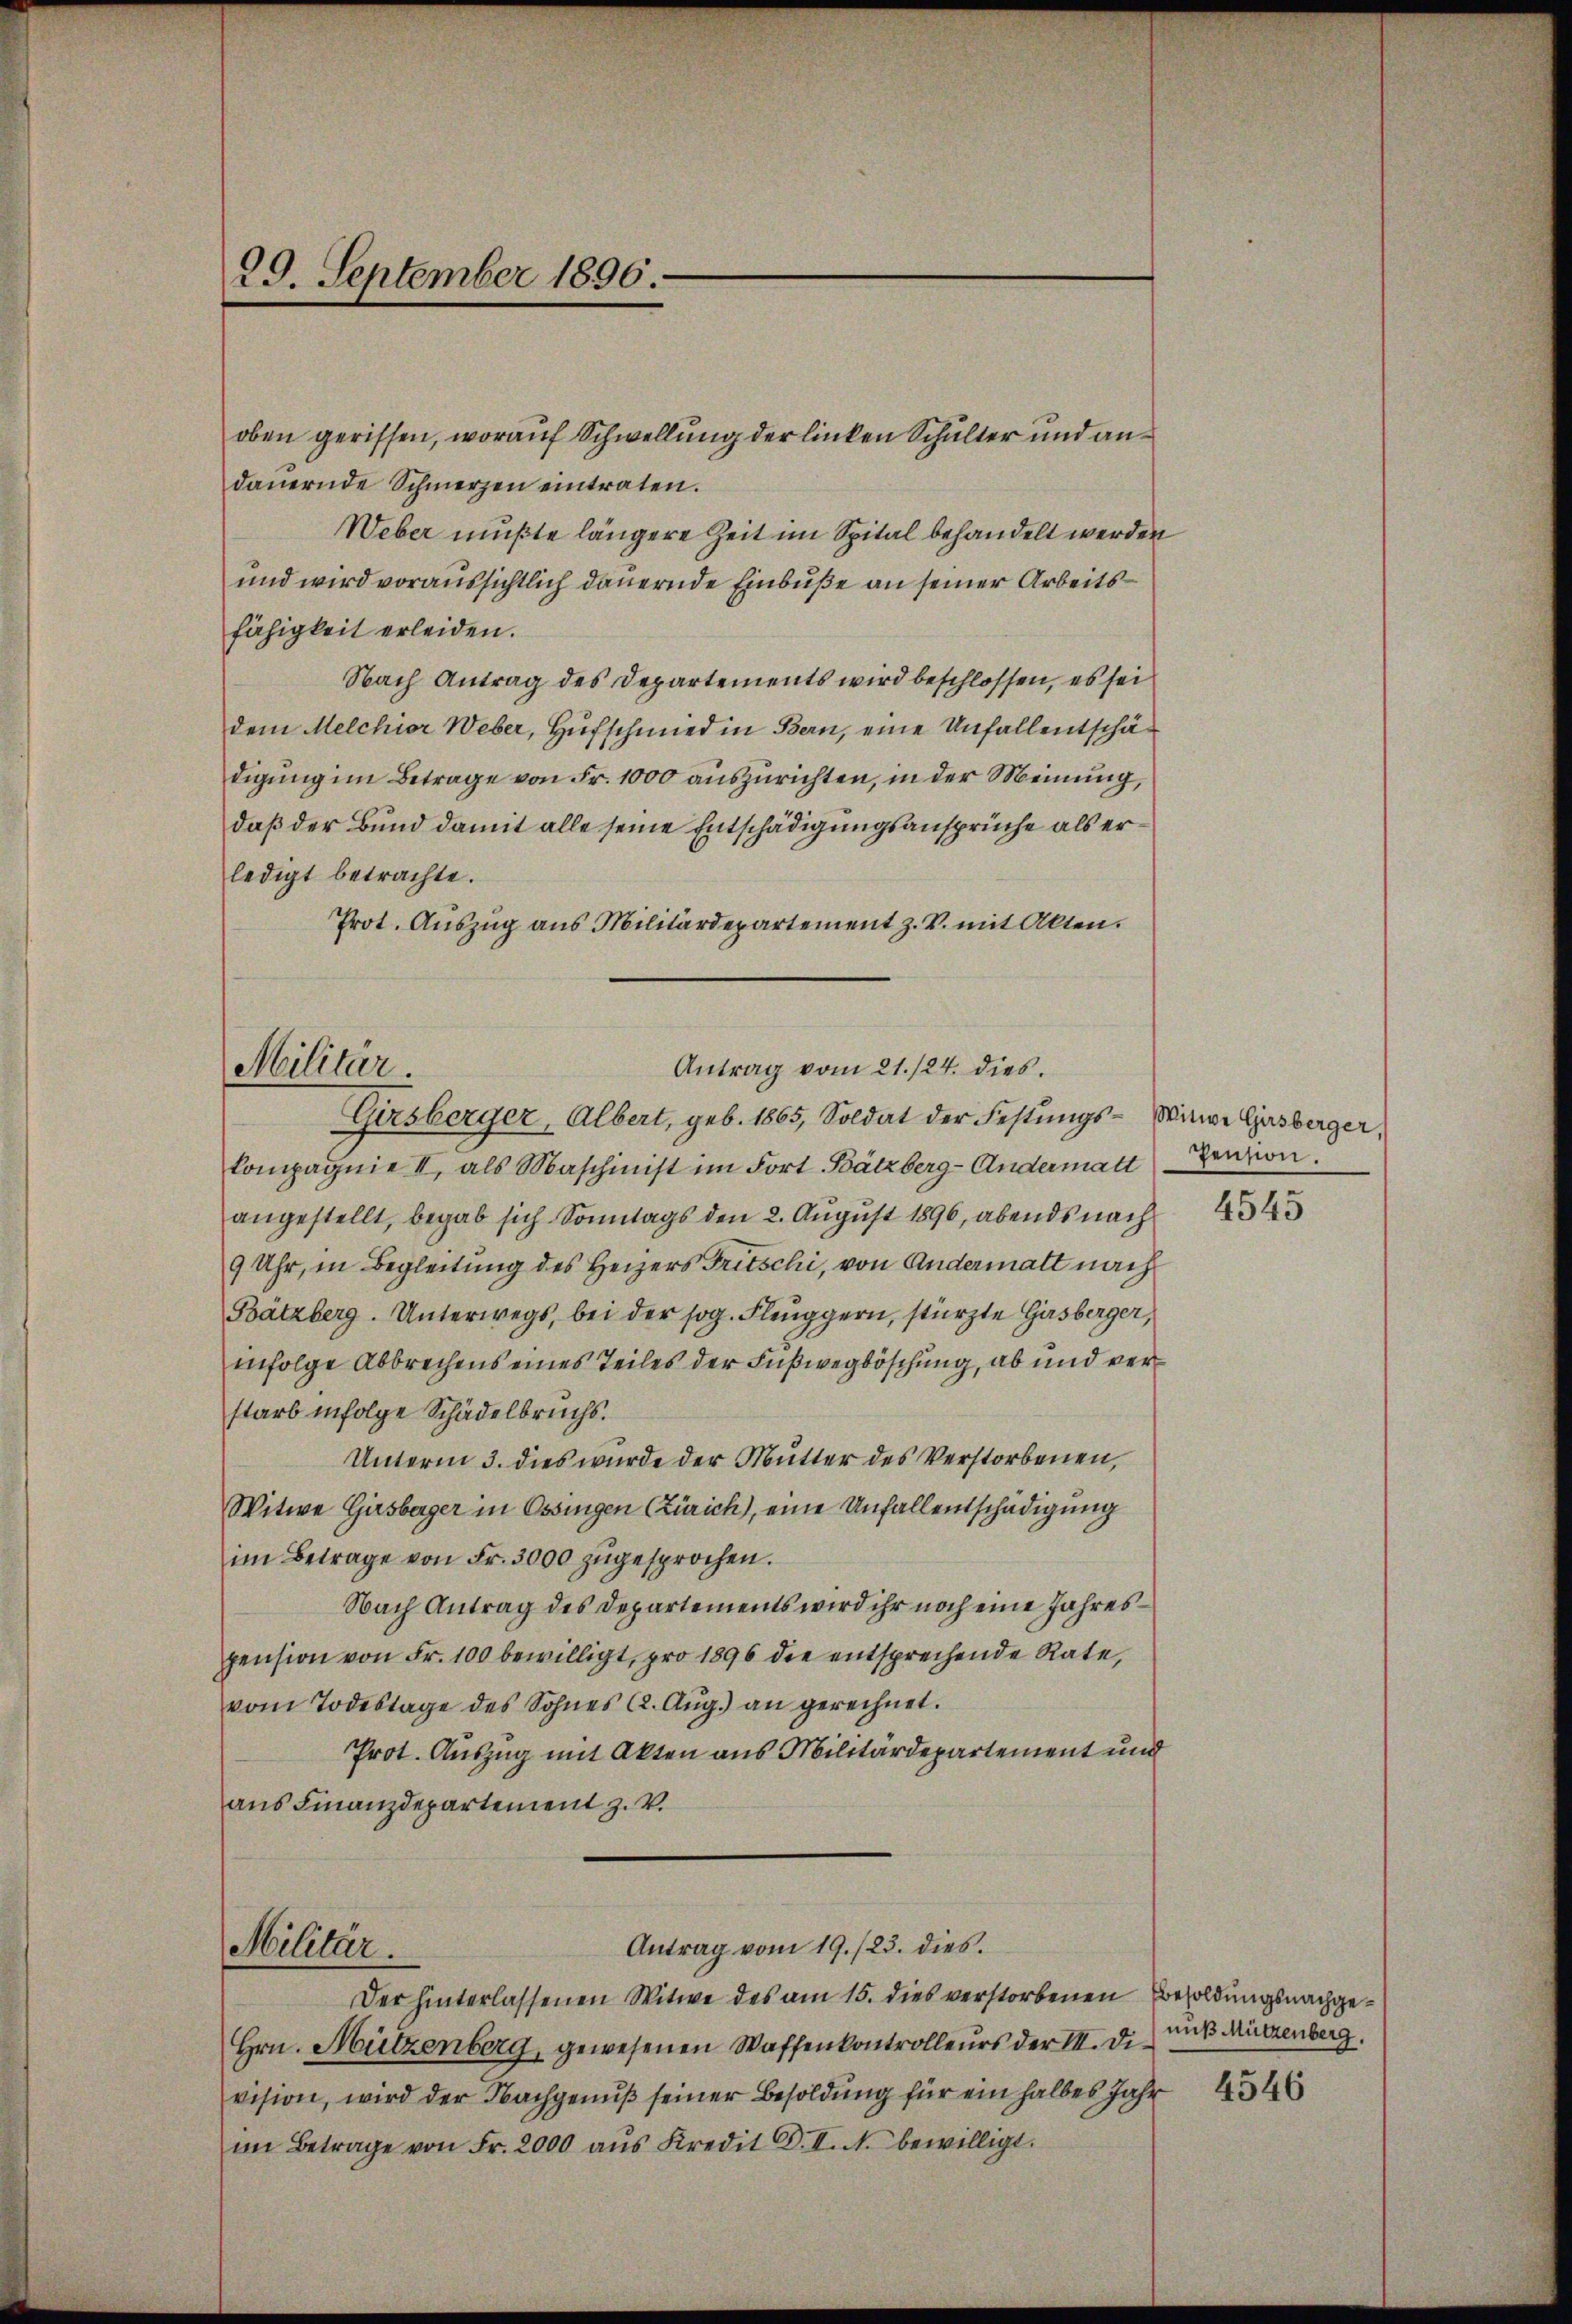
29. September 1896.

oben gerissen, worauf Schwellung der linken Schulter und andaŭernde Schmerzen eintraten.
Weber mußte längere Zeit im Spital behandelt werden
und wird voraussichtlich dauernde Einbuße an seiner Arbeitsfähigkeit erleiden.
Nach Antrag des Departements wird beschlossen, es sei
dem Melchior Weber, Hufschmied in Bern, eine Unfallentschädigung im Betrage von Fr. 1000 auszurichten, in der Meinung,
daß der Bund damit alle seine Entschädigungsansprüche als erledigt betrachte.
Prot. Auszug aus Militärdepartement z. B. mit Akten.

Antrag vom 21./24. dies.
Militär.
Gasberger, Albert, geb. 1865, Soldat der Festŭngs- Witwe Gasberger,

kompagnie II, als Maschinist im Fort Bätzberg-Andermatt
angestellt, begab sich Sonntags den 2. August 1896, abends nach
9 Uhr, in Begleitung des Heizers Fritschi, von Andermatt nach
Bätzberg. Unterwegs, bei der sog. Fleŭggern, stürzte Girsberger,
infolge Abbrechens eines Teiles der Fußwegböschung, ab und verstarb infolge Schädelbruchs.
Unterm 3. dies wurde der Mutter des Verstorbenen,
Witwe Girsberger in Ossingen (Zürich), eine Unfallentschädigung
im Betrage von Fr. 3000 zugesprochen.
Nach Antrag des Departements wird ihr noch eine Jahrespension von Fr. 100 bewilligt, pro 1896 die entsprechende Rate,
vom Todestage des Sohnes (2. Aŭg.) an gerechnet.
Prot. Auszug mit Akten aus Militärdepartement und
aus Finanzdepartement z. V.
Antrag vom 19. /23. dies.
Militär.
Der hinterlassenen Witwe des am 15. dies verstorbenen Besoldungsnachge¬
Hrn. Mützenberg, gewesenen Waffenkontrolleurs der III. Division, wird der Nachgenŭβ seiner Besoldung für ein halbes Jahr 434
im Betrage von Fr. 2000 aŭs Kredit C. II. N. bewilligt.

Pension.

4545

nuß Mützenberg,